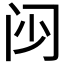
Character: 𮤰